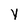
Character: y